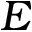
\boldsymbol { E }